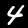
Digit: 4